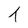
Character: T